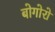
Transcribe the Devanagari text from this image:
बोगोरो